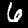
Digit: 6